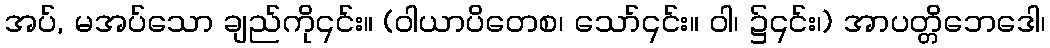
အပ်, မအပ်သော ချည်ကို၎င်း။ (ဝါယာပိတေစ၊ သော်၎င်း။ ဝါ၊ ၌၎င်း၊) အာပတ္တိဘေဒေါ၊